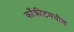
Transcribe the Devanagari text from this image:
काँक्रीटमधील